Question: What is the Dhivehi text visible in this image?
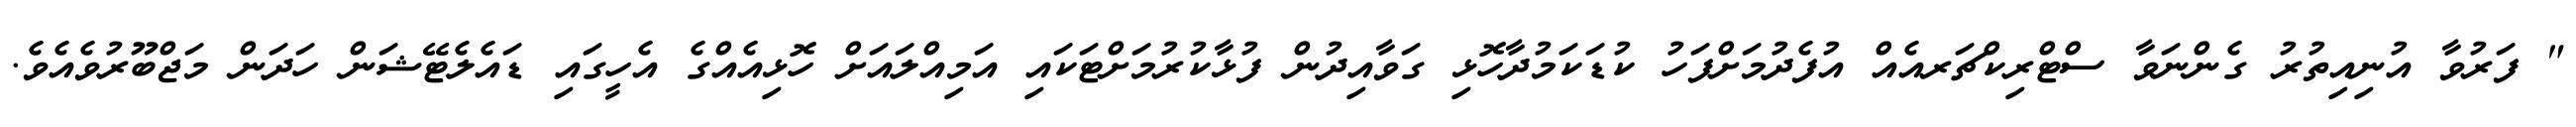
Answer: " ފަރުވާ އުނިއިތުރު ގެންނަވާ ސްޓްރިކްޗަރއެއް އުފެދުމަށްފަހު ކުޑަކަމުދާހޮޅި ގަވާއިދުން ފުޅާކުރުމަށްޓަކައި އަމިއްލައަށް ހޮޅިއެއްގެ އެހީގައި ޑައެލެޓޭޝަން ހަދަން މަޖްބޫރުވެއެވެ.